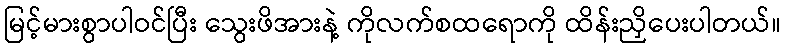
မြင့်မားစွာပါဝင်ပြီး သွေးဖိအားနဲ့ ကိုလက်စထရောကို ထိန်းညှိပေးပါတယ်။